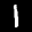
Label: 1